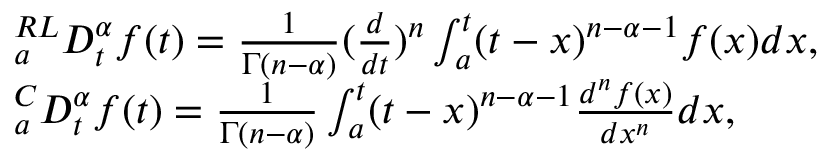
\begin{array} { r l } & { _ { a } ^ { R L } D _ { t } ^ { \alpha } f ( t ) = \frac { 1 } { \Gamma ( n - \alpha ) } ( \frac { d } { d t } ) ^ { n } \int _ { a } ^ { t } ( t - x ) ^ { n - \alpha - 1 } f ( x ) d x , } \\ & { _ { a } ^ { C } D _ { t } ^ { \alpha } f ( t ) = \frac { 1 } { \Gamma ( n - \alpha ) } \int _ { a } ^ { t } ( t - x ) ^ { n - \alpha - 1 } \frac { d ^ { n } f ( x ) } { d x ^ { n } } d x , } \end{array}